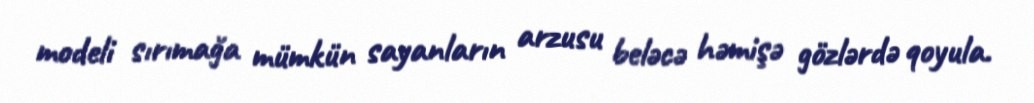
modeli sırımağa mümkün sayanların arzusu beləcə həmişə gözlərdə qoyula.